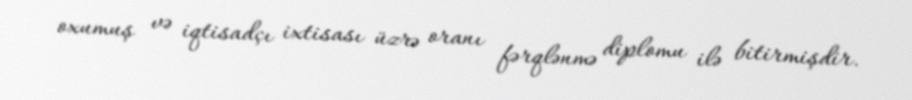
oxumuş və iqtisadçı ixtisası üzrə oranı fərqlənmə diplomu ilə bitirmişdir.